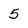
Character: 5